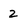
Character: 2